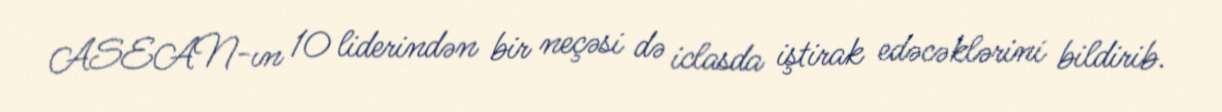
ASEAN-ın 10 liderindən bir neçəsi də iclasda iştirak edəcəklərini bildirib.